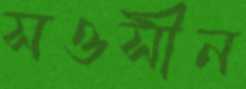
সওসীন